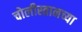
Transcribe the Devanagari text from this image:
चोलीस्तानच्या